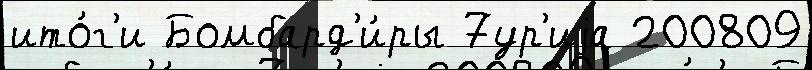
ито́г'и Бомбард'и́ры 7ур'иjа 200809